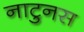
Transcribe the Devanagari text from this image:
नाटुनस